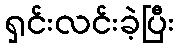
ရှင်းလင်းခဲ့ပြီး